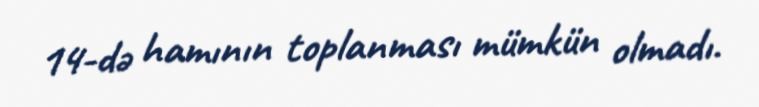
14-də hamının toplanması mümkün olmadı.